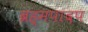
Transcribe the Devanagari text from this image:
ब्रह्मपादप